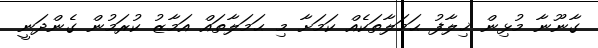
ގާނޫނާ މުޅިން ޚިލާފު ޙަމަލާތަކެއް ކަމަށާ މި ޙަމަލާތައް އަމާޒު ކުރަމުން ގެންދަނީ